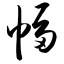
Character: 幅